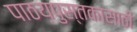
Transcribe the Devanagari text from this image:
पाठय़पुस्तकासाठी